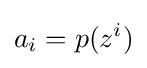
a_{i}=p(z^{i})